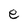
Character: e